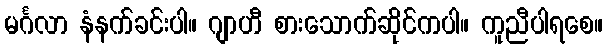
မင်္ဂလာ နံနက်ခင်းပါ။ ဂျာဟီ စားသောက်ဆိုင်ကပါ။ ကူညီပါရစေ။